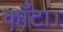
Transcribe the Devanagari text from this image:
काँटा।